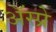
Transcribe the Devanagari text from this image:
ॲस्प्रे